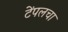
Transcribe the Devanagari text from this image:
टेंपलचा